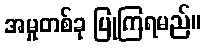
အမှုတစ်ခု ပြုကြရမည်။